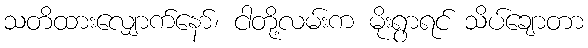
သတိထားလျှောက်နော်၊ ငါတို့လမ်းက မိုးရွာရင် သိပ်ချောတာ